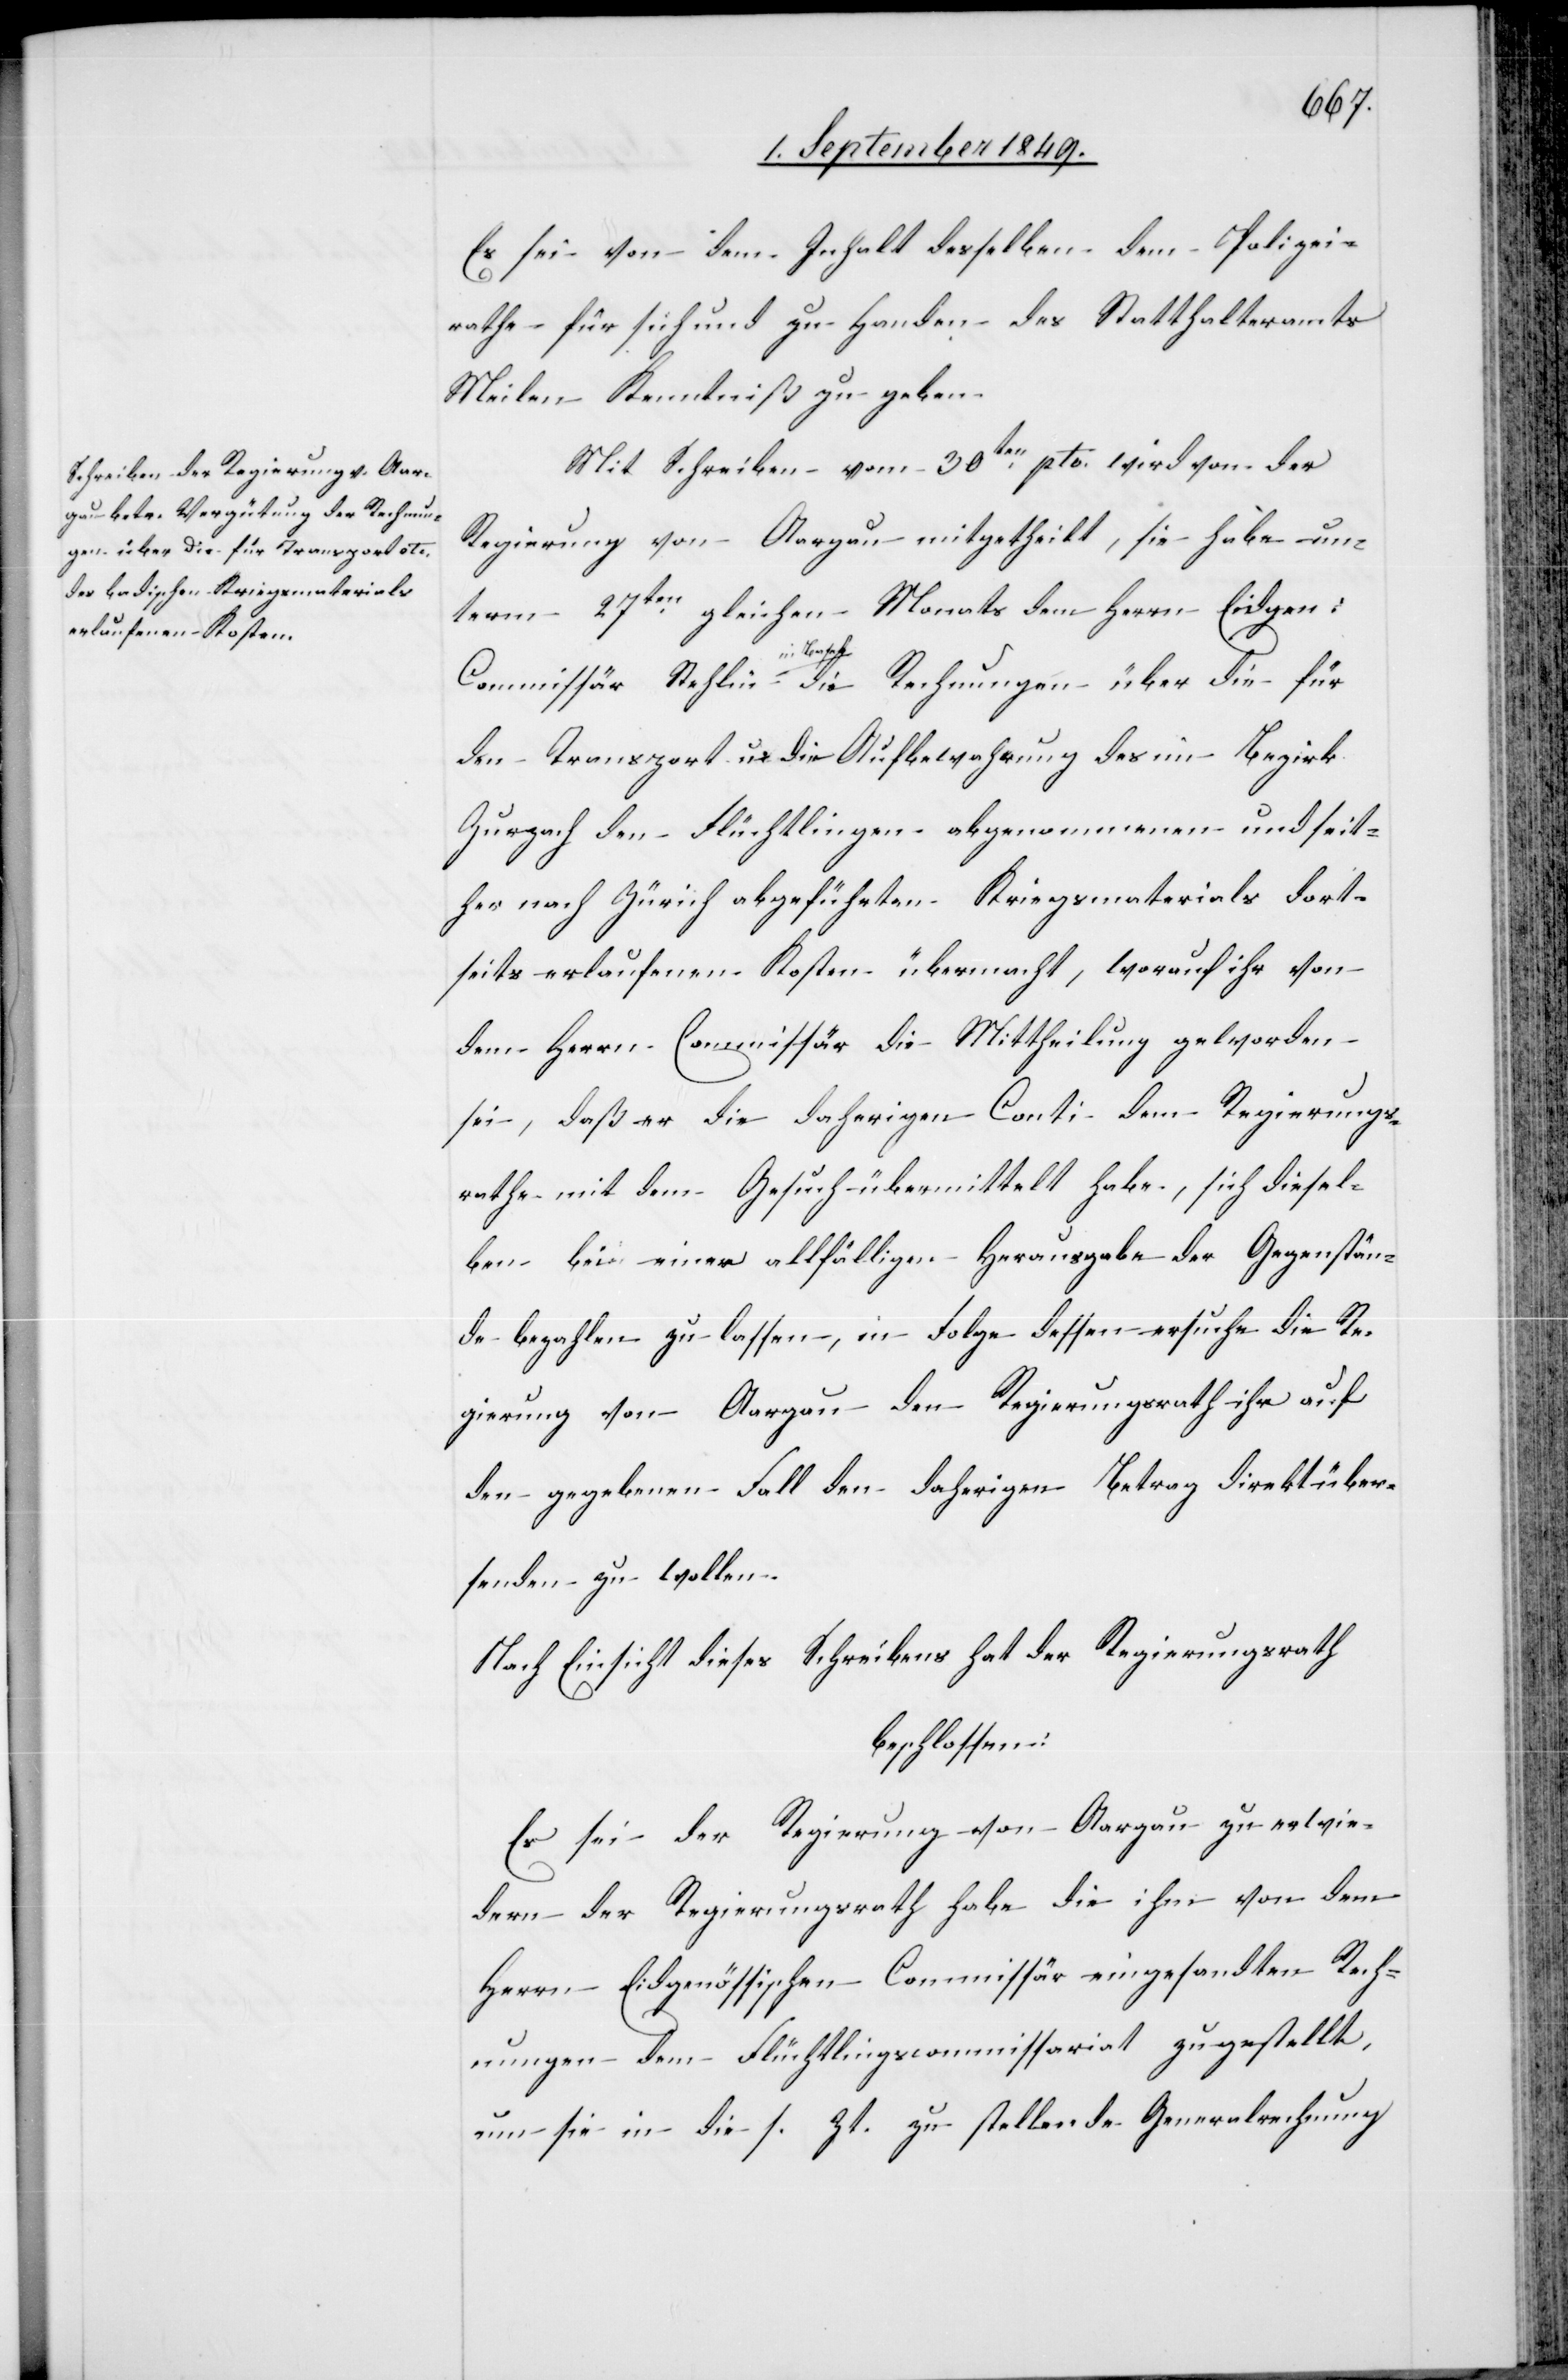
Es sei von dem Inhalt desselben dem Polizei¬
rathe für sich und zu Handen des Statthalteramts
Meilen Kenntniß zu geben.
Mit Schreiben vom 30ten pto. wird von der
Regierung von Aargau mitgetheilt, sie habe un¬
term 27ten gleichen Monats dem Herrn Eidgen:
über die
den Transport u. die Aufbewahrung des im Bezirk
Zurzach den Flüchtlingen abgenommenen und seit¬
her nach Zürich abgeführten Kriegsmaterials dort¬
seits erlaufenen Kosten übermacht, worauf ihr von
dem Herrn Commissär die Mittheilung geworden
sei, daß er die daherigen Conti dem Regierungs¬
rathe mit dem Gesuch übermittelt habe, sich diesel¬
ben bei einer allfälligen Herausgabe der Gegenstän¬
de bezahlen zu lassen, in Folge dessen ersuche die Re¬
gierung von Aargau den Regierungsrath ihr auf
den gegebenen Fall den daherigen Betrag direkt über¬
senden zu wollen.
Nach Einsicht dieses Schreibens hat der Regierungsrath
beschlossen:
Es sei der Regierung von Aargau zu erwie¬
dern der Regierungsrath habe die ihm von dem
Herrn Eidgenössischen Commissär eingesandten Rech¬
nungen dem Flüchtlingscommissariat zu gestellt,
um sie in die s. Zt. zu stellende Generalrechnung